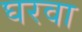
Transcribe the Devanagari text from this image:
घरवा